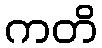
ကတိ